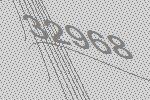
32968